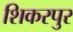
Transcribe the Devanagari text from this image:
शिकरपुर